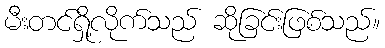
မီးတင်ရှို့လိုက်သည် ဆိုခြင်းဖြစ်သည်။